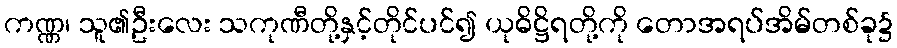
ကဏ္ဏ၊ သူ၏ဦးလေး သကုဏီတို့နှင့်တိုင်ပင်၍ ယုဓိဋ္ဌိရတို့ကို တောအရပ်အိမ်တစ်ခု၌